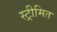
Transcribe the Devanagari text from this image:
स्ट्रीमित